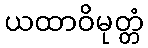
ယထာဝိမုတ္တံ